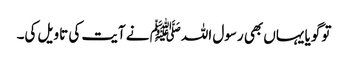
تو گویا یہاں بھی رسول اللہﷺ نے آیت کی تاویل کی۔